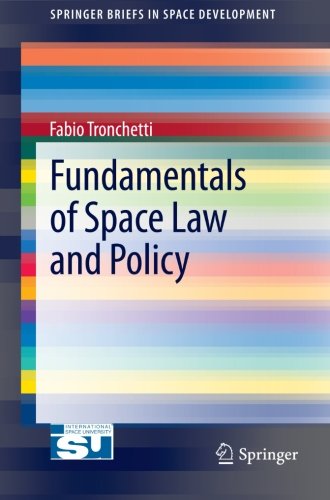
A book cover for Fundamentals of Space Law and Policy (SpringerBriefs in Space Development); Fabio Tronchetti; Law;